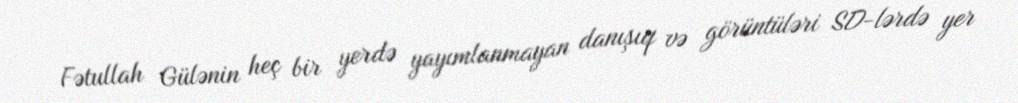
Fətullah Gülənin heç bir yerdə yayımlanmayan danışıq və görüntüləri SD-lərdə yer